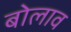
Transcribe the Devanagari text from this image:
बोलाव